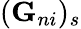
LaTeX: (\textbf{G}_{ni})_{s}